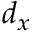
d _ { x }